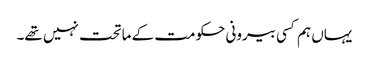
یہاں ہم کسی بیرونی حکومت کے ماتحت نہیں تھے۔